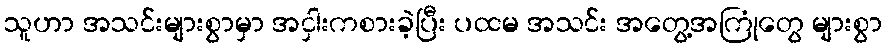
သူဟာ အသင်းများစွာမှာ အငှါးကစားခဲ့ပြီး ပထမ အသင်း အတွေ့အကြုံတွေ များစွာ